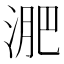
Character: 淝